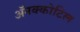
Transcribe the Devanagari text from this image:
अॅनक्कोटिल